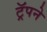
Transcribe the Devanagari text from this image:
ट्रॅपने